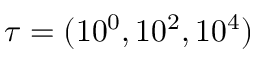
\tau = ( 1 0 ^ { 0 } , 1 0 ^ { 2 } , 1 0 ^ { 4 } )